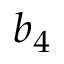
b _ { 4 }